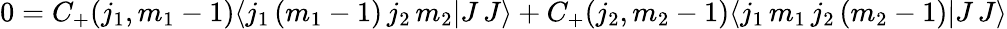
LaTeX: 0=C_{+}(j_{1},m_{1}-1)\langle j_{1}\, (m_{1}-1)\, j_{2}\, m_{2}|J\, J\rangle+C_{+}(j_{2},m_{2}-1)\langle j_{1}\, m_{1}\, j_{2}\, (m_{2}-1)|J\, J\rangle